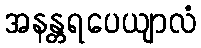
အနန္တရပေယျာလံ